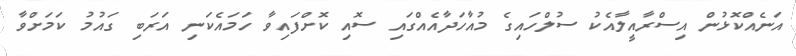
އަނެއްކޮޅުން އިސްރާއީލާއެކު ސުލްހައިގެ މުއާހަދާއެއްގައި ސޮއި ކޮށްފައިވާ ހަމައެކަނި އަރަބި ގައުމު ކަމަށްވާ